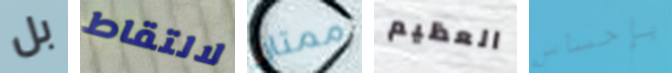
بل لالتقاط ممتاز العظيم بإحساس